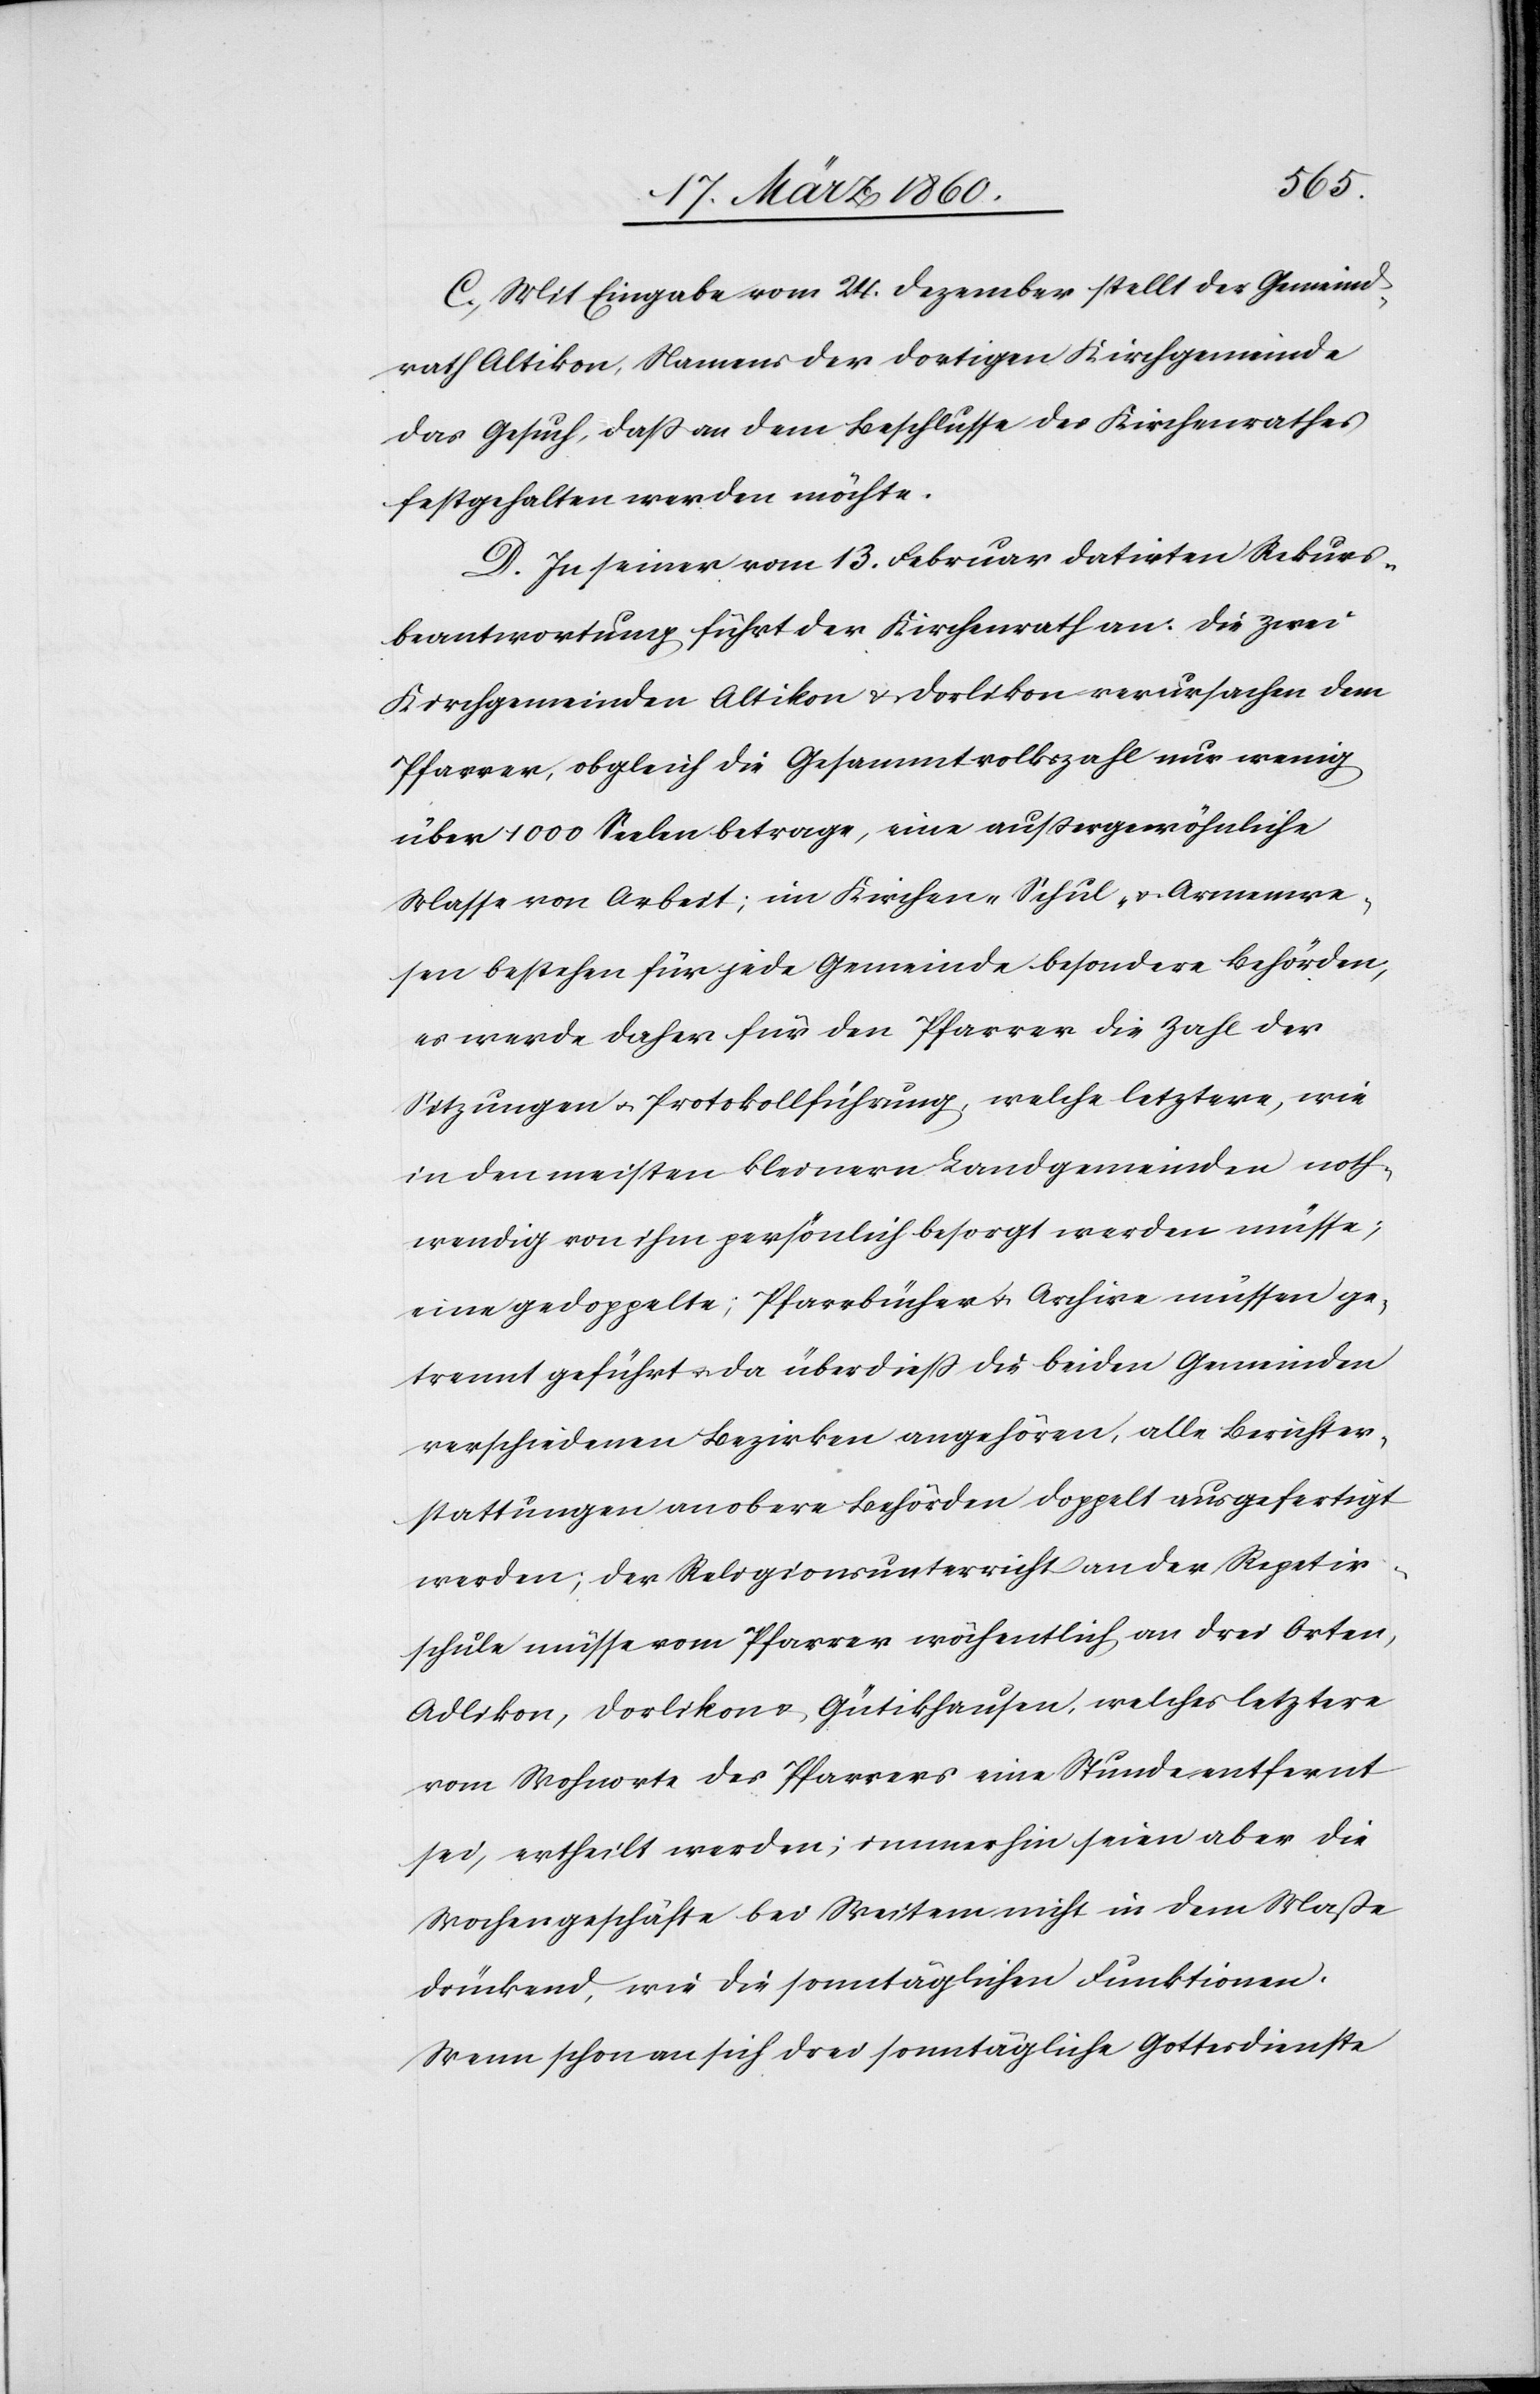
C. Mit Eingabe vom 24. Dezember stellt der Gemeind¬
rath Altikon, Namens der dortigen Kirchgemeinde
das Gesuch, dass an dem Beschlusse des Kirchenrathes
festgehalten werden möchte.
D. In seiner vom 13. Februar datirten Rekurs¬
beantwortung führt der Kirchenrath an: die zwei
Kirchgemeinden Altikon u. Dorlikon verursachen dem
Pfarrer, obgleich die Gesammtvolkszahl nur wenig
über 1000 Seelen betrage, eine außergewöhnliche
Masse von Arbeit; im Kirchen- Schul- u. Armenwe¬
sen bestehen für jede Gemeinde besondere Behörden,
es werde daher für den Pfarrer die Zahl der
Sitzungen u. Protokollführung, welche letztere, wie
in den meisten kleinern Landgemeinden noth¬
wendig von ihm persönlich besorgt werden müsse,
eine gedoppelte; Pfarrbücher u. Archive müssen ge¬
trennt geführt u. da überdiess die beiden Gemeinden
verschiedenen Bezirken angehören, alle Berichter¬
stattungen an obere Behörden doppelt ausgefertigt
werden; der Religionsunterricht an der Repetir¬
schule müsse vom Pfarrer wöchentlich an drei Orten,
Adlikon, Dorlikon u. Gütikhausen, welches letztere
vom Wohnorte des Pfarrers eine Stunde entfernt
sei, ertheilt werden; immerhin seien aber die
Wochengeschäfte bei Weitem nicht in dem Masse
drückend, wie die sonntäglichen Funktionen.
Wenn schon an sich drei sonntägliche Gottesdienste